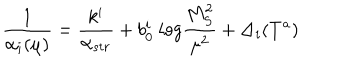
LaTeX: \frac { 1 } { \alpha _ { i } ( \mu ) } = \frac { k ^ { i } } { \alpha _ { s t r } } + b _ { 0 } ^ { i } ~ l o g \frac { M _ { S } ^ { 2 } } { \mu ^ { 2 } } + \Delta _ { i } ( T ^ { a } )